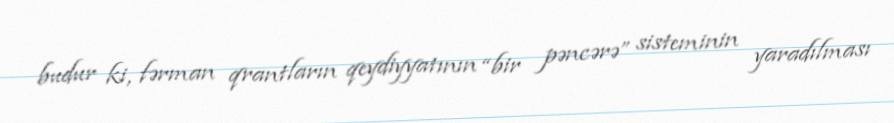
budur ki, fərman qrantların qeydiyyatının “bir pəncərə” sisteminin yaradılması